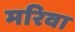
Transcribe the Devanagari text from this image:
मरिवा